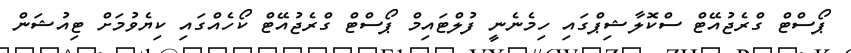
ޕޯސްޓް ގްރެޖުއޭޓް ސްކޮލާޝިޕްގައި ހިމެނެނީ ފުލްޓައިމް ޕޯސްޓް ގްރެޖުއޭޓް ކޯހެެއްގައި ކިޔެވުމަށް ޓިއުޝަން